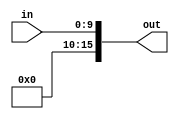
module ext0( in, out);
	input [9:0] in;
	output [15:0] out;
	assign out[9:0]= in;
	assign out[15:10]= 6'b0;
endmodule